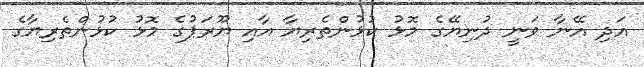
އަދި އޭނާ ވަނީ ދުނިޔޭގެ މޮޅު ކުޅުންތެރިޔާ އާއި ޔޫރަޕުގެ މޮޅު ކުޅުންތެރިޔާގެ